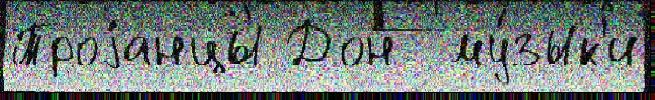
Троjанцы Дон  му́зык'и